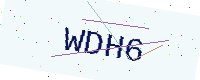
Text: WDH6